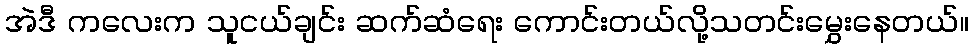
အဲဒီ ကလေးက သူငယ်ချင်း ဆက်ဆံရေး ကောင်းတယ်လို့သတင်းမွှေးနေတယ်။